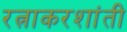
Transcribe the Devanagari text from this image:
रत्नाकरशांती